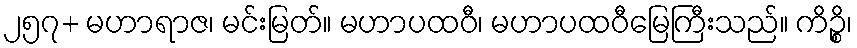
၂၅၇+ မဟာရာဇ၊ မင်းမြတ်။ မဟာပထဝီ၊ မဟာပထဝီမြေကြီးသည်။ ကိဉ္စိ၊